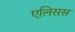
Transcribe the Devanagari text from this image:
एलिसस